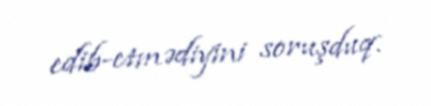
edib-etmədiyini soruşduq.